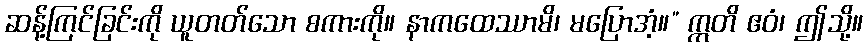
ဆန့်ကြင်ခြင်းကို ယူတတ်သော စကားကို။ နာကထေဿာမိ၊ မပြောအံ့။” ဣတိ ဧဝံ၊ ဤသို့။